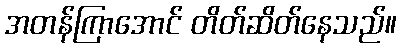
အတန်ကြာအောင် တိတ်ဆိတ်နေသည်။